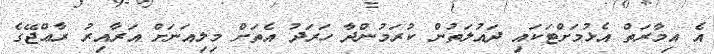
އެ އިމާރަތް އެޅުމަށްޓަކައި ދައުލަތުން ކުރަމުންދާ ހަރަދު އެތަށް މިލިއަނަށް އަރާއިރު ރާޢްޖޭގެ